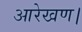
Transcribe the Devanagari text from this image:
आरेखण।